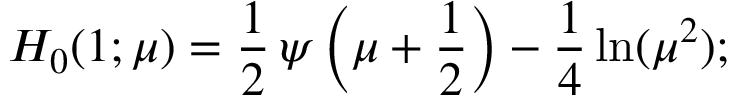
H _ { 0 } ( 1 ; \mu ) = { \frac { 1 } { 2 } } \, \psi \left( \mu + { \frac { 1 } { 2 } } \right) - \frac 1 4 \ln ( \mu ^ { 2 } ) ;